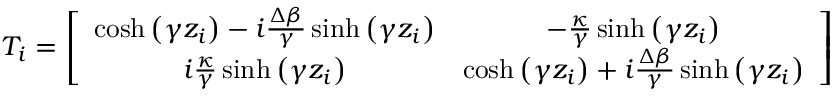
T _ { i } = \left[ \begin{array} { c c } { \cosh \left( \gamma z _ { i } \right) - i \frac { \Delta \beta } { \gamma } \sinh \left( \gamma z _ { i } \right) } & { - \frac { \kappa } { \gamma } \sinh \left( \gamma z _ { i } \right) } \\ { i \frac { \kappa } { \gamma } \sinh \left( \gamma z _ { i } \right) } & { \cosh \left( \gamma z _ { i } \right) + i \frac { \Delta \beta } { \gamma } \sinh \left( \gamma z _ { i } \right) } \end{array} \right]